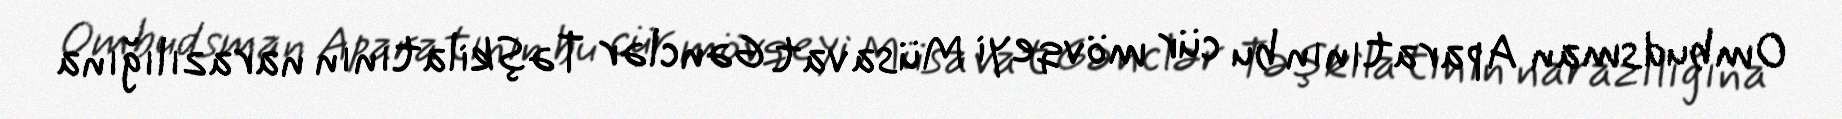
Ombudsman Aparatının bu cür mövqeyi Müsavat Gənclər Təşkilatının narazılığına